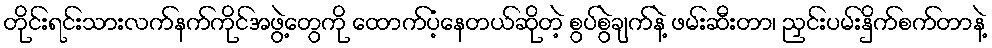
တိုင်းရင်းသားလက်နက်ကိုင်အဖွဲ့တွေကို ထောက်ပံ့နေတယ်ဆိုတဲ့ စွပ်စွဲချက်နဲ့ ဖမ်းဆီးတာ၊ ညှင်းပမ်းနှိက်စက်တာနဲ့